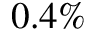
0 . 4 \%